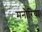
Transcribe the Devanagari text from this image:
मनौरिया